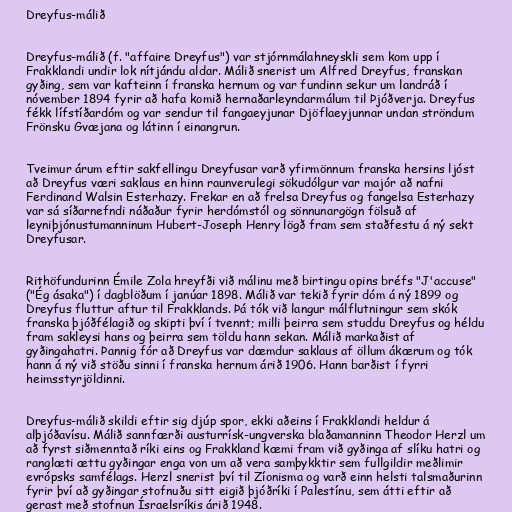
Dreyfus-málið

Dreyfus-málið (f. "affaire Dreyfus") var stjórnmálahneyskli sem kom upp í
Frakklandi undir lok nítjándu aldar. Málið snerist um Alfred Dreyfus, franskan
gyðing, sem var kafteinn í franska hernum og var fundinn sekur um landráð í
nóvember 1894 fyrir að hafa komið hernaðarleyndarmálum til Þjóðverja. Dreyfus
fékk lífstíðardóm og var sendur til fangaeyjunar Djöflaeyjunnar undan ströndum
Frönsku Gvæjana og látinn í einangrun.

Tveimur árum eftir sakfellingu Dreyfusar varð yfirmönnum franska hersins ljóst
að Dreyfus væri saklaus en hinn raunverulegi sökudólgur var majór að nafni
Ferdinand Walsin Esterhazy. Frekar en að frelsa Dreyfus og fangelsa Esterhazy
var sá síðarnefndi náðaður fyrir herdómstól og sönnunargögn fölsuð af
leyniþjónustumanninum Hubert-Joseph Henry lögð fram sem staðfestu á ný sekt
Dreyfusar.

Rithöfundurinn Émile Zola hreyfði við málinu með birtingu opins bréfs "J'accuse"
("Ég ásaka") í dagblöðum í janúar 1898. Málið var tekið fyrir dóm á ný 1899 og
Dreyfus fluttur aftur til Frakklands. Þá tók við langur málflutningur sem skók
franska þjóðfélagið og skipti því í tvennt; milli þeirra sem studdu Dreyfus og héldu
fram sakleysi hans og þeirra sem töldu hann sekan. Málið markaðist af
gyðingahatri. Þannig fór að Dreyfus var dæmdur saklaus af öllum ákærum og tók
hann á ný við stöðu sinni í franska hernum árið 1906. Hann barðist í fyrri
heimsstyrjöldinni.

Dreyfus-málið skildi eftir sig djúp spor, ekki aðeins í Frakklandi heldur á
alþjóðavísu. Málið sannfærði austurrísk-ungverska blaðamanninn Theodor Herzl um
að fyrst siðmenntað ríki eins og Frakkland kæmi fram við gyðinga af slíku hatri og
ranglæti ættu gyðingar enga von um að vera samþykktir sem fullgildir meðlimir
evrópsks samfélags. Herzl snerist því til Zíonisma og varð einn helsti talsmaðurinn
fyrir því að gyðingar stofnuðu sitt eigið þjóðríki í Palestínu, sem átti eftir að
gerast með stofnun Ísraelsríkis árið 1948.